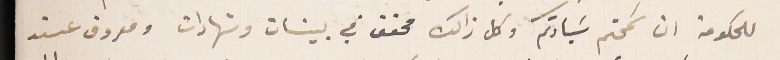
للحكومة ان سَمحتم سَيادتكم وكل ذالك محقق في بينات وشهادات ومعروف عند